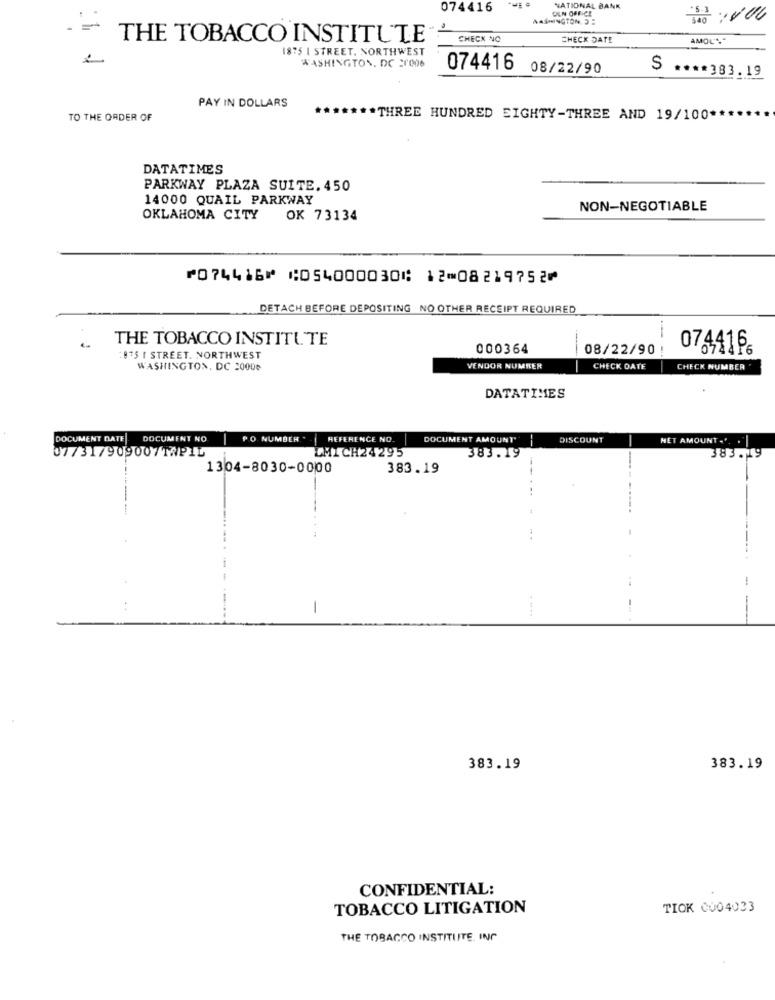
074416
DEN OFFICE
NATIONAL BANK
THE TOBACCO INSTITUTE"
CHECK NO
CHECK DATE
AMOL *. "
1875 I STREET, NORTHWEST
WASHINGTON, DC 20006
074416
08/22/90
$ **** 383.19
PAY IN DOLLARS
TO THE ORDER OF
******* THREE HUNDRED EIGHTY-THREE AND 19/100 **
DATATIMES
PARKWAY PLAZA SUITE.450
14000 QUAIL PARKWAY
NON-NEGOTIABLE
OKLAHOMA CITY
OK 73134
⑈074416⑈ ⑆054000030⑆ 12⑉08219752⑈
DETACH BEFORE DEPOSITING NO OTHER RECEIPT REQUIRED
THE TOBACCO INSTITUTE
000364
---
08/22/90
07,44166
:075 I STREET. NORTHWEST
WASHINGTON, DC 20000
VENDOR NUMBER
CHECK DATE
CHECK NUMBER
DATATIMES
DOCUMENT DATE
DOCUMENT NO
PO NUMBER .
HEFERENCE NO
DOCUMENT AMOUNT"
DISCOUNT
NET AMOUNT .'. .
07/31/909007TAPIL
LMICH24295
383.19
383.19
1304-8030-0000
383.19
-
383.19
383.19
CONFIDENTIAL:
TOBACCO LITIGATION
TIOK 0004023
THE TOBACCO INSTITUTE, INC